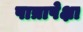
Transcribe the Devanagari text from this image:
पात्रापेक्षा